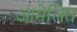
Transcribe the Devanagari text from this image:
आमेलित